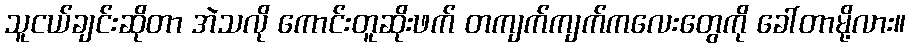
သူငယ်ချင်းဆိုတာ အဲသလို ကောင်းတူဆိုးဖက် တကျက်ကျက်ကလေးတွေကို ခေါ်တာမို့လား။